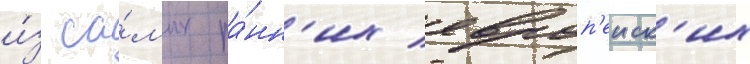
и́з са́мых ра́нн'их европ'еиск'их